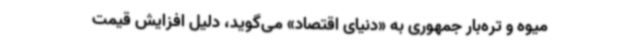
میوه‌ و تره‌بار جمهوری به «دنیای‌ اقتصاد» می‌گوید، دلیل افزایش قیمت